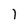
Character: I